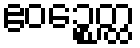
ဧဝဉ္စေတ္ထ